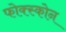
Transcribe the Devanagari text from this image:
फोक्स्कोन